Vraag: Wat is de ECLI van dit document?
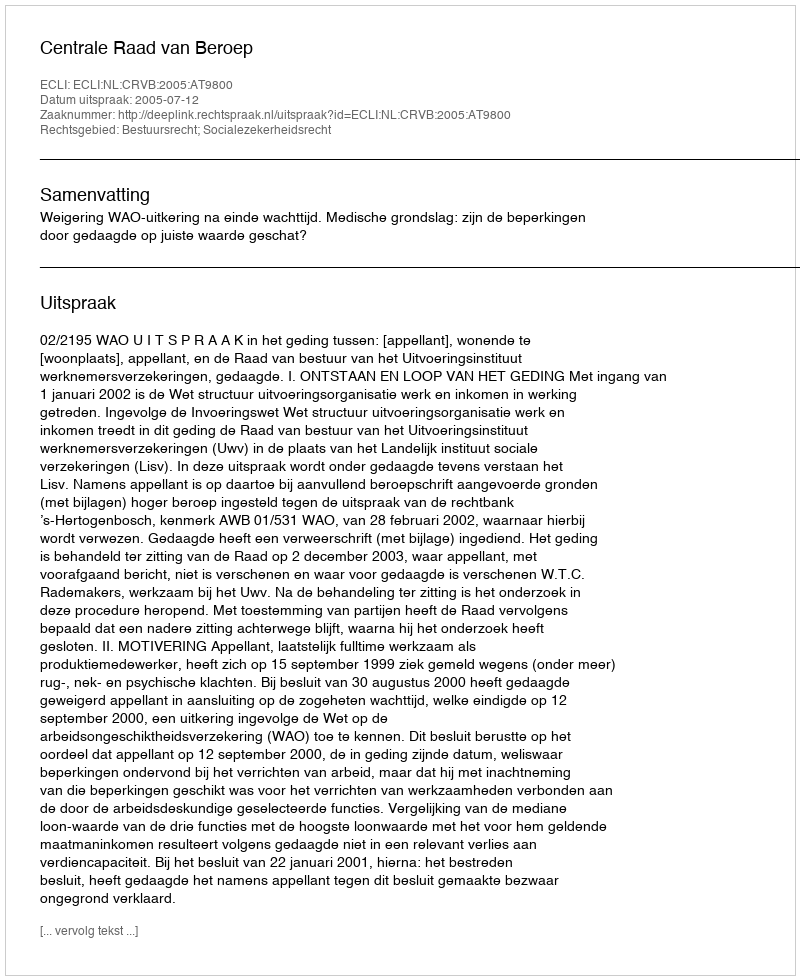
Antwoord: ECLI:NL:CRVB:2005:AT9800